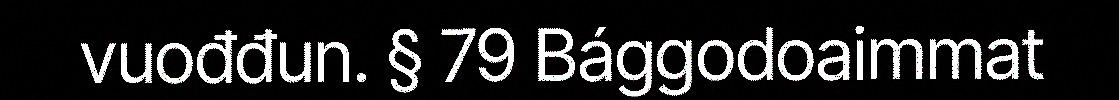
vuođđun. § 79 Bággodoaimmat